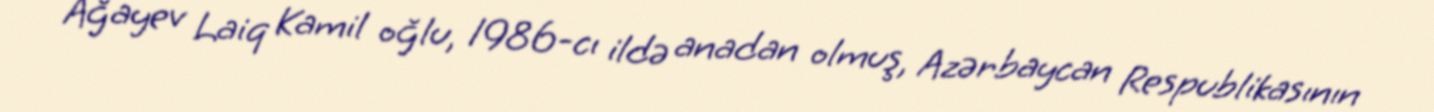
Ağayev Laiq Kamil oğlu, 1986-cı ildə anadan olmuş, Azərbaycan Respublikasının